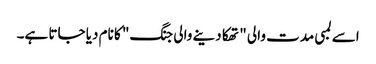
اسے لمبی مدت والی "تھکا دینے والی جنگ" کا نام دیا جاتا ہے۔